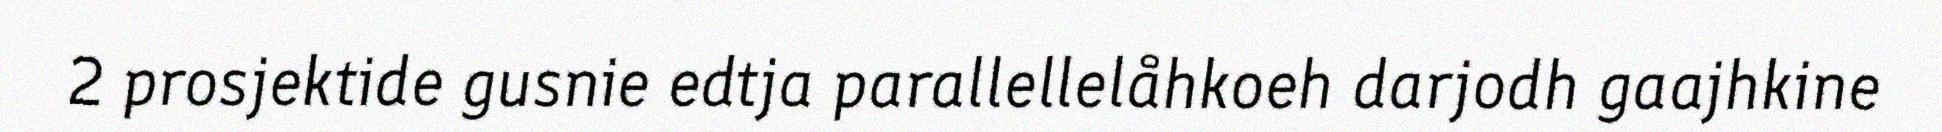
2 prosjektide gusnie edtja parallellelåhkoeh darjodh gaajhkine